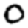
Digit: 0